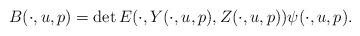
LaTeX: \begin{align*} B(\cdot,u,p)=\det E(\cdot,Y(\cdot,u,p),Z(\cdot,u,p))\psi(\cdot,u,p). \end{align*}